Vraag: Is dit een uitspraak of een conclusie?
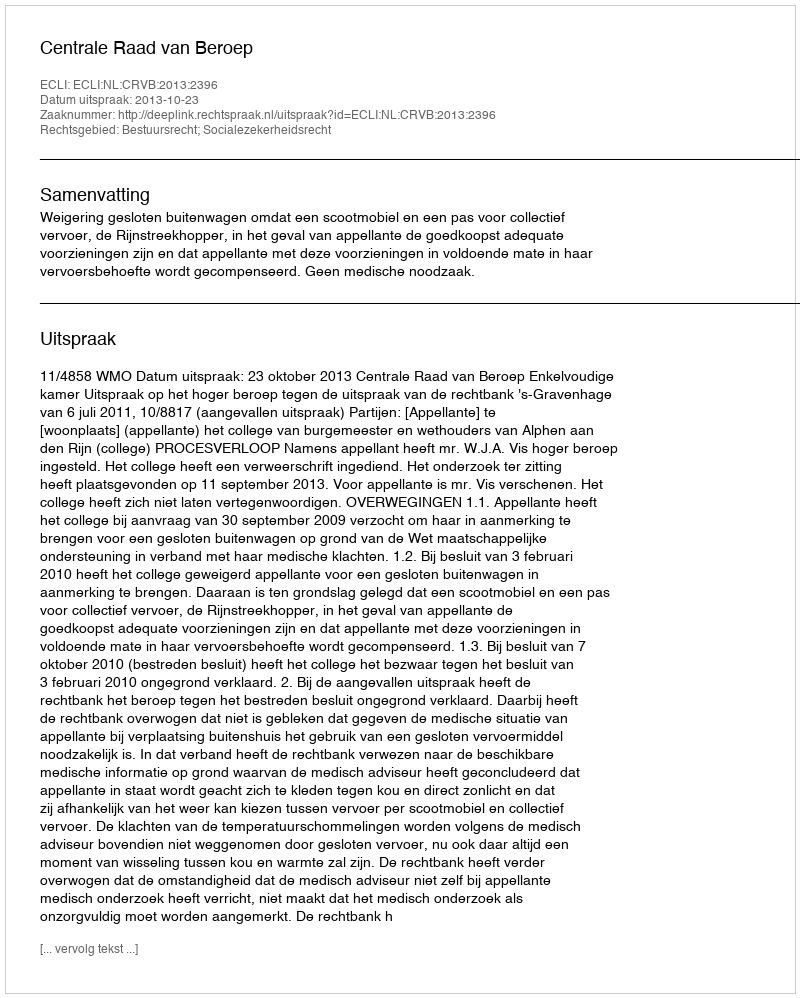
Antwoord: Uitspraak